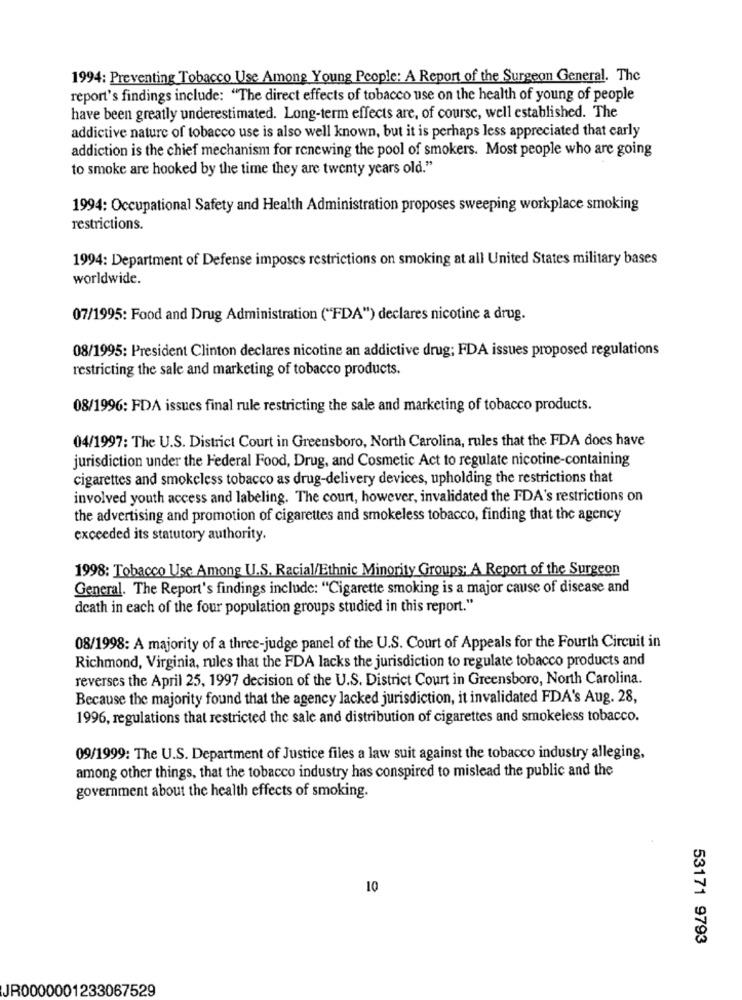
1994: Preventing Tobacco Use Among Young People: A Report of the Surgeon General. The
report's findings include: "The direct effects of tobacco use on the health of young of people
have been greatly underestimated. Long-term effects are, of course, well established. The
addictive nature of tobacco use is also well known, but it is perhaps less appreciated that carly
addiction is the chief mechanism for renewing the pool of smokers. Most people who are going
to smoke are hooked by the time they are twenty years old."
1994: Occupational Safety and Health Administration proposes sweeping workplace smoking
restrictions.
1994: Department of Defense imposes restrictions on smoking at all United States military bases
worldwide.
07/1995: Food and Drug Administration ("FDA") declares nicotine a drug.
08/1995: President Clinton declares nicotine an addictive drug; FDA issues proposed regulations
restricting the sale and marketing of tobacco products.
08/1996: FDA issues final rule restricting the sale and marketing of tobacco products.
04/1997: The U.S. District Court in Greensboro, North Carolina, rules that the FDA docs have
jurisdiction under the Federal Food, Drug, and Cosmetic Act to regulate nicotine-containing
cigarettes and smokeless tobacco as drug-delivery devices, upholding the restrictions that
involved youth access and labeling. The court, however, invalidated the FDA's restrictions on
the advertising and promotion of cigarettes and smokeless tobacco, finding that the agency
exceeded its statutory authority.
1998: Tobacco Use Among U.S. Racial/Ethnic Minority Groups: A Report of the Surgeon
General. The Report's findings include: "Cigarette smoking is a major cause of disease and
death in each of the four population groups studied in this report."
08/1998: A majority of a three-judge panel of the U.S. Court of Appeals for the Fourth Circuit in
Richmond, Virginia, rules that the FDA lacks the jurisdiction to regulate tobacco products and
reverses the April 25, 1997 decision of the U.S. District Court in Greensboro, North Carolina.
Because the majority found that the agency lacked jurisdiction, it invalidated FDA's Aug. 28,
1996, regulations that restricted the sale and distribution of cigarettes and smokeless tobacco.
09/1999: The U.S. Department of Justice files a law suit against the tobacco industry alleging,
among other things, that the tobacco industry has conspired to mislead the public and the
government about the health effects of smoking.
10
53171 9793
JR0000001233067529